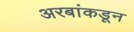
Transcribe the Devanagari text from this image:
अरबांकडून